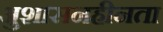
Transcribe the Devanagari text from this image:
अुशासनहीनता